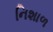
નિશાળ